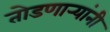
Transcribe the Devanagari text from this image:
तोडणार्‍यांनी